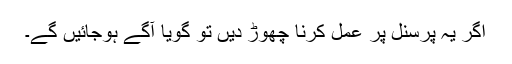
اگر یہ پرسنل پر عمل کرنا چھوڑ دیں تو گویا آگے ہوجائیں گے۔